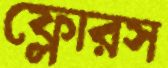
ফ্লোরস